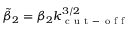
\tilde { \beta } _ { 2 } = \beta _ { 2 } k _ { \mathrm { ~ c ~ u ~ t ~ - ~ o ~ f ~ f ~ } } ^ { 3 / 2 }